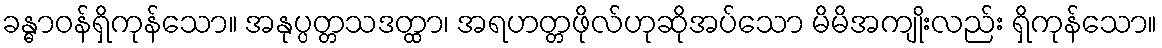
ခန္ဓာဝန်ရှိကုန်သော။ အနုပ္ပတ္တသဒတ္ထာ၊ အရဟတ္တဖိုလ်ဟုဆိုအပ်သော မိမိအကျိုးလည်း ရှိကုန်သော။